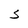
Character: S